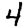
Digit: 4